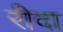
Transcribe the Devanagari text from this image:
रीदा